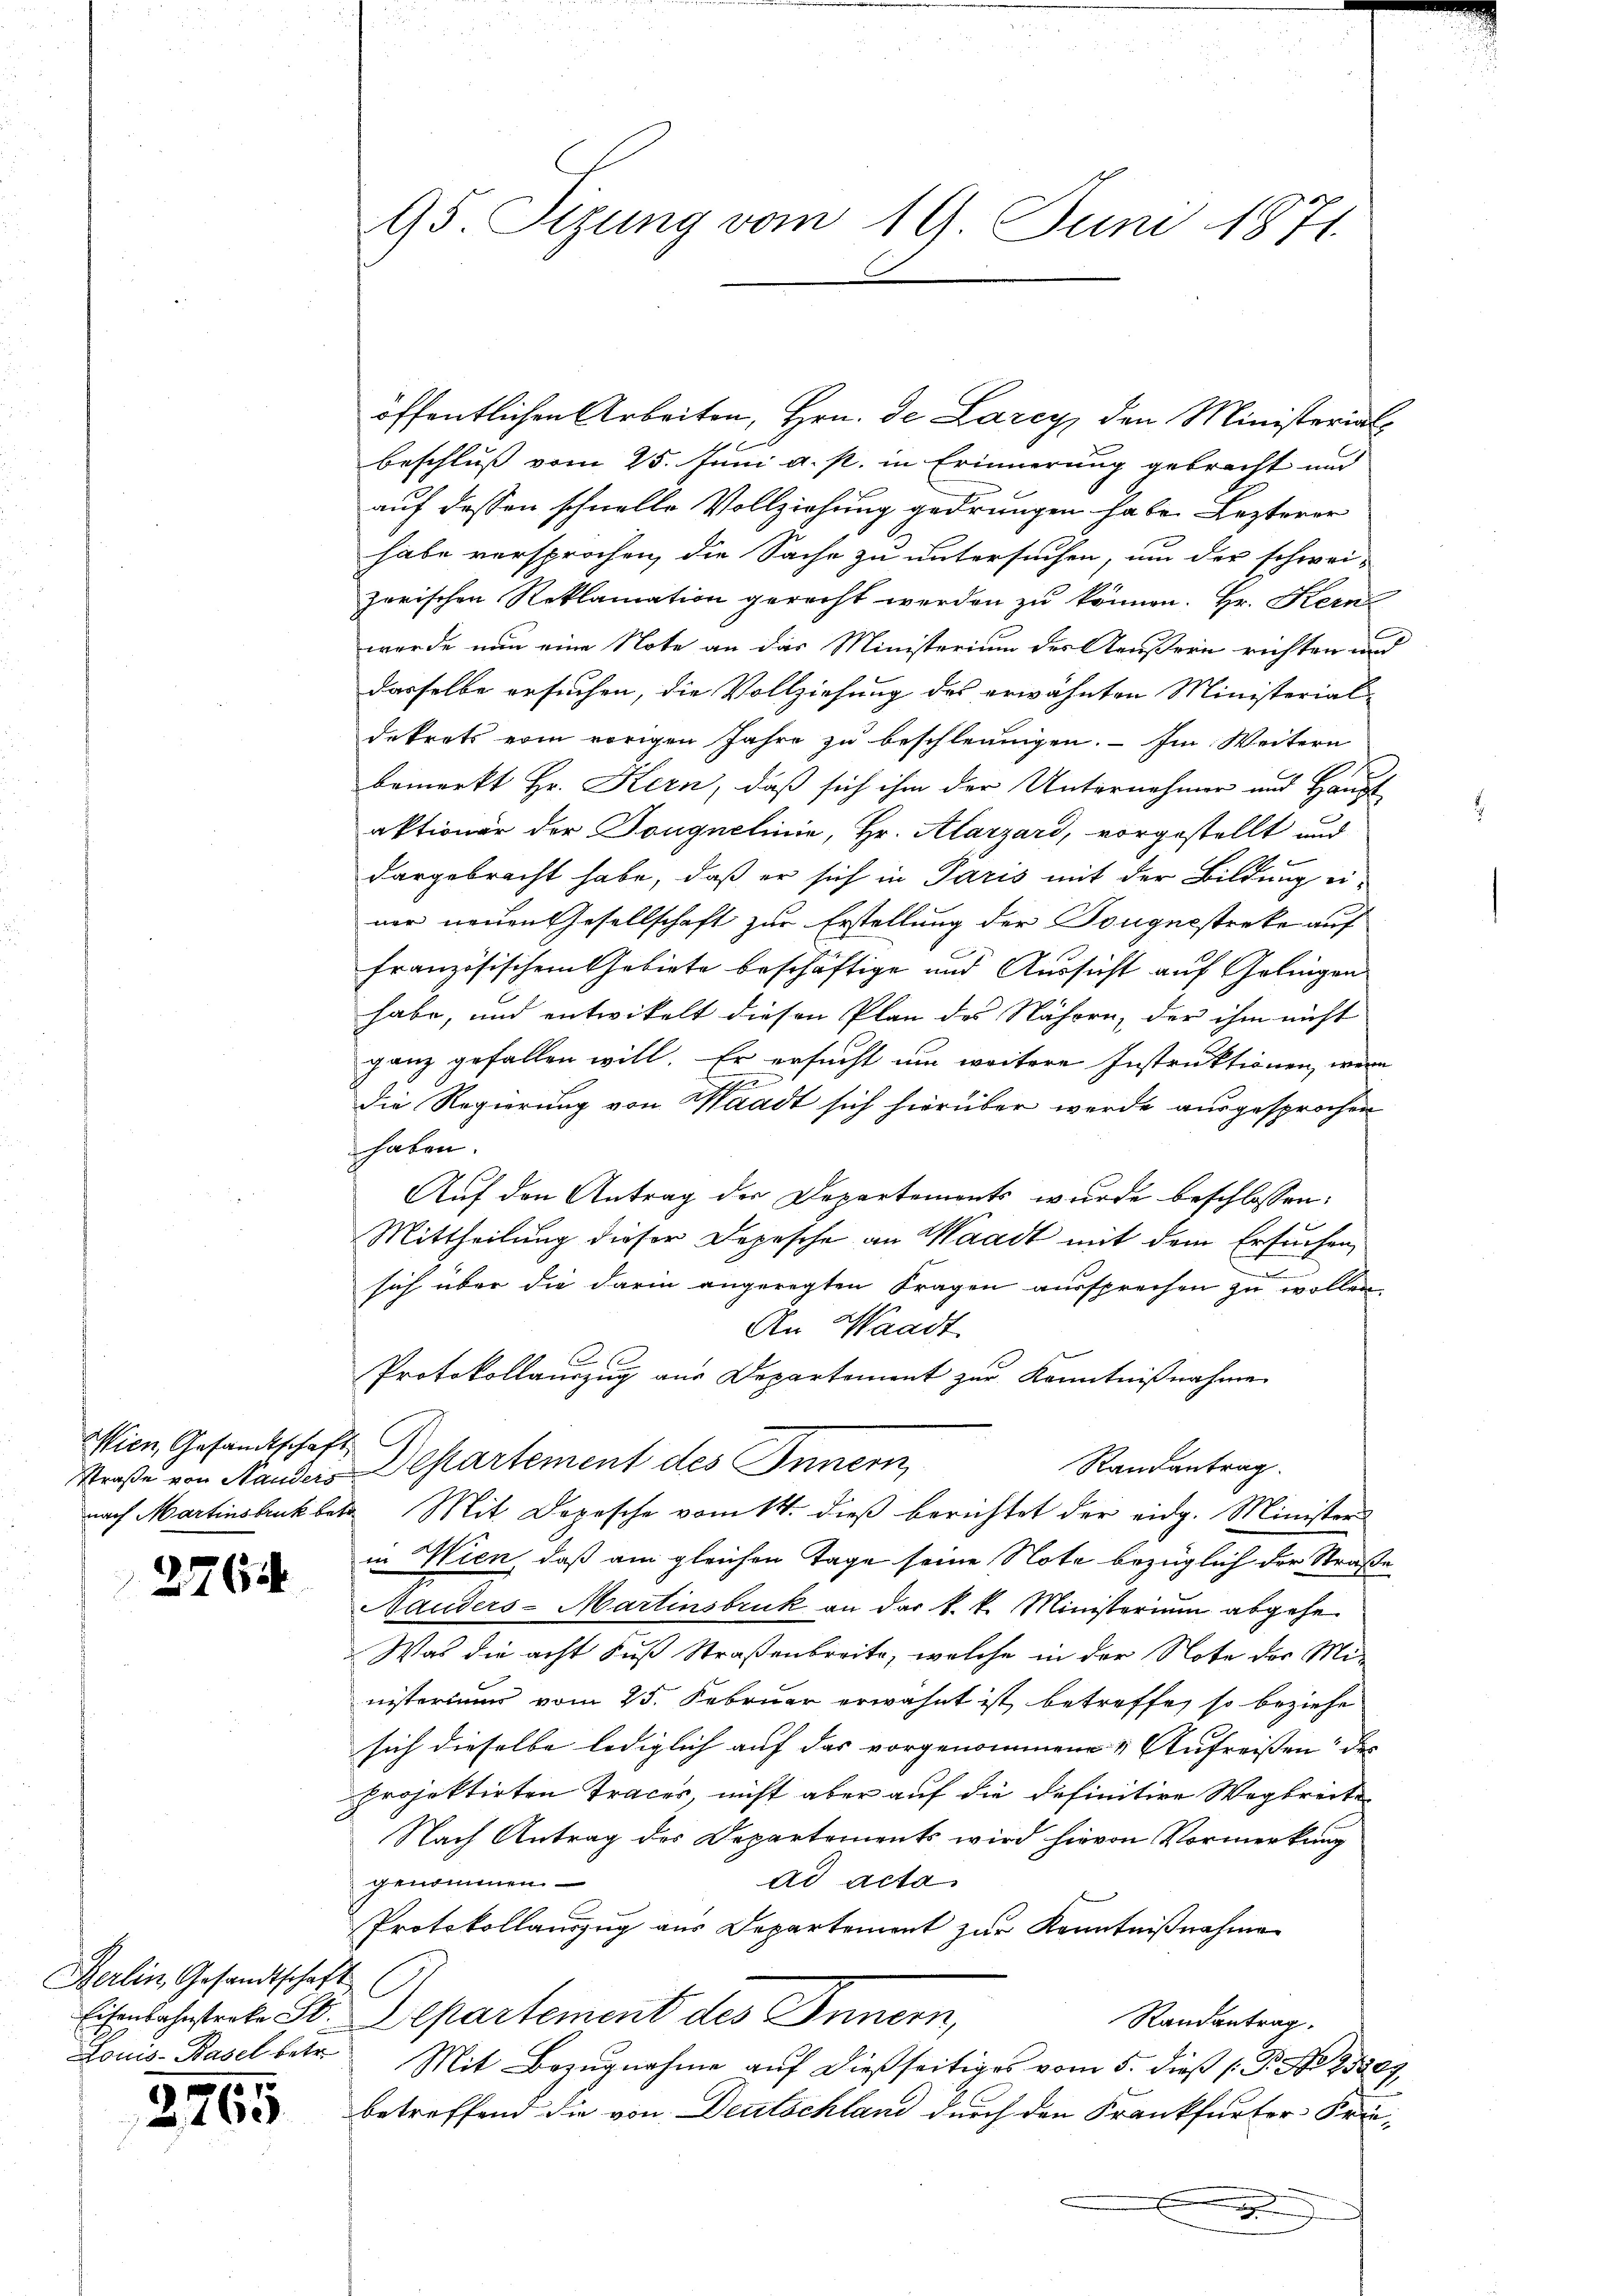
Wien, Gesandtschaft

2765

Berlin, Gesandtschaft
Louis-Basel betre

2765

95. Sizung vom 19. Juni 1871.

öffentlichen Arbeiten, Hrn. De Larcy, den Ministerial
beschluss vom 25. Juni a. p. in Erinnerung gebracht und
auf dessen schnelle Vollziehung gedrungen habe. Lezterer
habe versprochen, die Sache zu untersuchen, um der schwei-
zerischen Reklamation gerecht werden zu können. Hr. Kern
wurde nun eine Note an das Ministerium des Aeußern richten und
dasselbe ersuchen, die Vollziehung des erwähnten Ministerial-
dekrets vom vorigen Jahre zu beschleunigen. – Im Weitern
bemerkt Hr. Kern, daß sich ihm der Unternehmer und Haupt
aktionär der Sougnelinie, Hr. Alarzard, vorgestellt und
f
dargebracht habe, daß er sich in Paris mit der Bildung er-
ner neuen Gesellschaft zur Erstellung der Tonguestreke auf
französischem Gebiete beschäftige und Aussicht auf Gelingen
habe, und entwickelt diesen Plan des Nähern, der ihm nicht
ganz gefallen will. Er ersucht um weitere Instruktionen, wenn
e
die Regierung von Waadt sich hierüber werde ausgesprochen
haben.
Auf den Antrag der Departemonts wurde beschlossen:
Mittheilung dieser Depesche an Waadt mit dem Ersuchen,
u
sich über die darin angeregten Fragen aussprechen zu wollen.
An Waadt.
A
Protokollauszug aus Departement zur Kenntnißnahme
Randantrag.
Straße von Standers Departement des Innern
nach Martinsbrukbete Mit Depesche vom 14. dieß berichtet der eidg. Ministers
in Wien, daß am gleichen Tage seine Note bezüglich der Straße
Nauders-Martinsbruk an das k. k. Ministerium abgehe
Was die acht Fuß Straßenbreite, welche in der Note des Mi-
nisteriums vom 25. Februar erwähnt ist, betroffe, so beziehe
sich dieselbe lediglich auf das vorgenommene & Aufreissen des |
projektirten Traces, nicht aber auf die definitive Wegbreite
Nach Antrag des Departements wird hievon Vormerkung
ad acta.
genommen.
Protokollauszug aus Departement zur Kenntnißnahme
Eisenbahnsterte St. Departement des Innern,
Randantrag.
Mit Bezŭgnahme aŭf dießseitiges vom 5. dieβ (: P. Nr. 95809
betreffend die von Deutschland durch den Frankfurter Frie¬
.
e